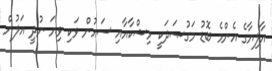
އާލިޔާގެ އެންމެ ބޮޑު މަގުޞަދަކީ މިޝްކާއާއި ސައުން ވަކި ވިޔަ ނުދީ އަލުން